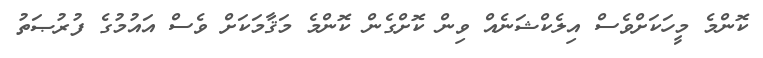
ކޮންމެ މީހަކަށްވެސް އިލެކްޝަނެއް ވިން ކޮށްގެން ކޮންމެ މަޤާމަކަށް ވެސް އައުމުގެ ފުރުޞަތު